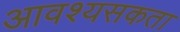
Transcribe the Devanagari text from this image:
आवश्यसकता